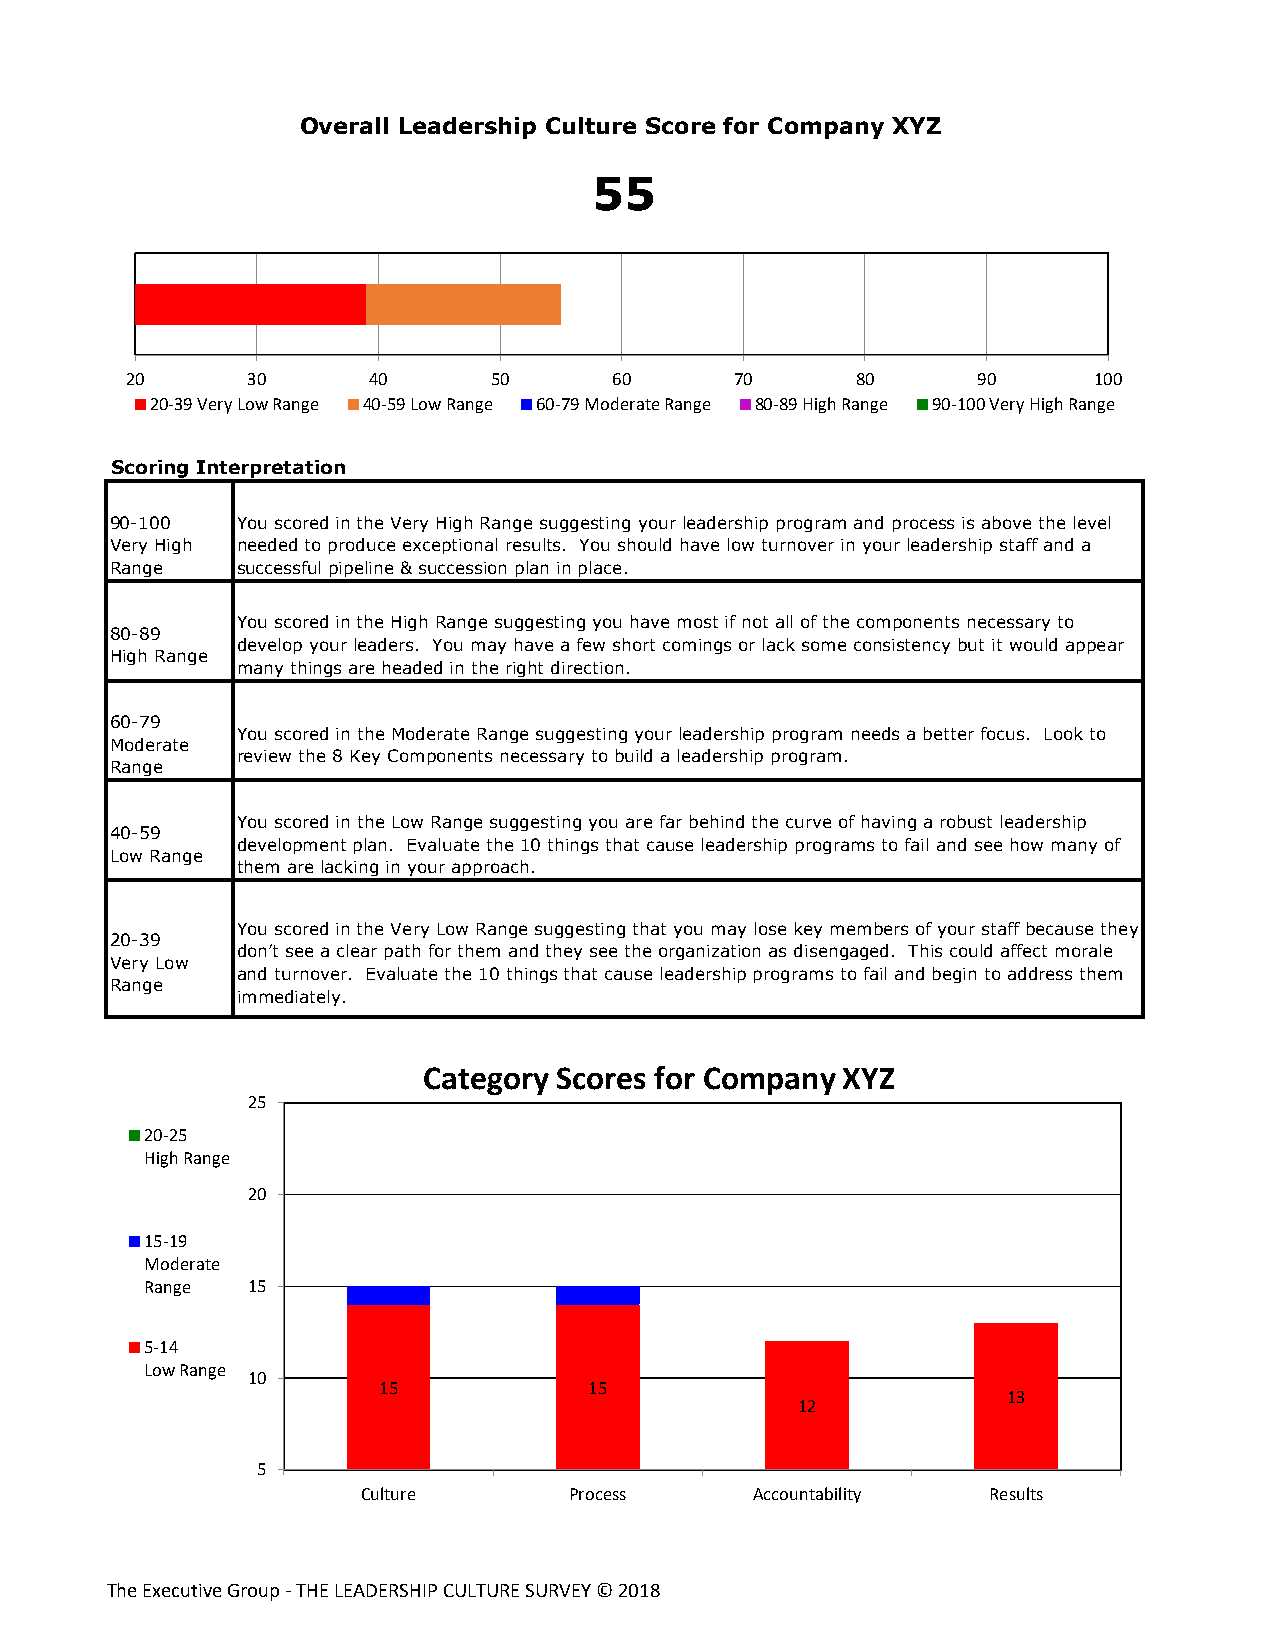
Overall Leadership Culture Score for Company XYZ
 55
 20      30      40      50       60      70      80      90     100
 20-39 Very Low Range 40-59 Low Range 60-79 Moderate Range 80-89 High Range 90-100 Very High Range
 Scoring Interpretation
 90-100   You scored in the Very High Range suggesting your leadership program and process is above the level
 Very High needed to produce exceptional results. You should have low turnover in your leadership staff and a
 Range    successful pipeline & succession plan in place.
 You scored in the High Range suggesting you have most if not all of the components necessary to
 80-89
 develop your leaders. You may have a few short comings or lack some consistency but it would appear
 High Range
 many things are headed in the right direction.
 60-79
 You scored in the Moderate Range suggesting your leadership program needs a better focus. Look to
 Moderate
 review the 8 Key Components necessary to build a leadership program.
 Range
 You scored in the Low Range suggesting you are far behind the curve of having a robust leadership
 40-59
 development plan. Evaluate the 10 things that cause leadership programs to fail and see how many of
 Low Range
 them are lacking in your approach.
 You scored in the Very Low Range suggesting that you may lose key members of your staff because they
 20-39
 don’t see a clear path for them and they see the organization as disengaged. This could affect morale
 Very Low
 and turnover. Evaluate the 10 things that cause leadership programs to fail and begin to address them
 Range
 immediately.
 Category Scores for Company XYZ
 25
 20-25
 High Range
 20
 15-19
 Moderate
 Range 15
 5-14
 Low Range
 10
 15            15
 13
 12
 5
 Culture       Process     Accountability Results
 The Executive Group - THE LEADERSHIP CULTURE SURVEY © 2018